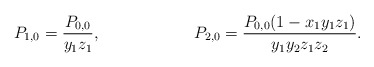
\begin{align*} P_{1,0} &= \frac{ P_{0,0} } { y_1 z_1 }, & P_{2,0} &= \frac{ P_{0,0} (1 - x_1 y_1 z_1)} {y_1 y_2 z_1 z_2}. \end{align*}